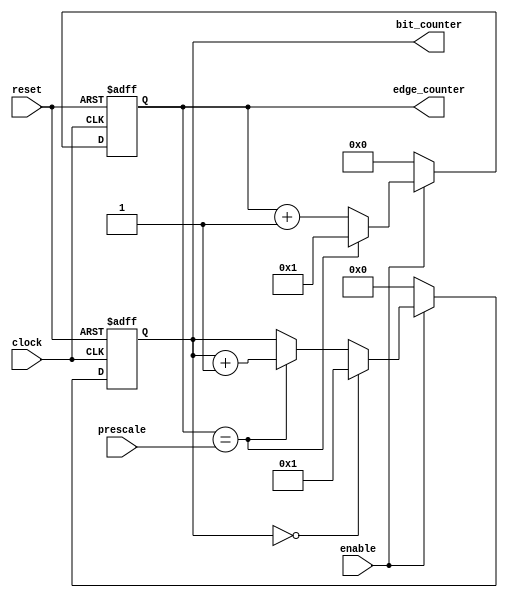
module edge_bit_counter(input wire clock,
                        input wire reset,
                        input wire enable,
                        input wire [5:0] prescale,
                        output reg [5:0] edge_counter,
                        output reg [3:0] bit_counter);
    
    reg [5:0] edge_counter_comb;
    reg [3:0] bit_counter_comb;
    
    // Counters sequential logic
    always@(posedge clock or negedge reset)
    begin
        if (!reset)
        begin
            edge_counter <= 'd0;
            bit_counter  <= 'd0;
        end
        else
        begin
            edge_counter <= edge_counter_comb;
            bit_counter  <= bit_counter_comb;
        end
    end
    
    // Edge counter combinational logic
    always@(*)
    begin
        if (enable)
        begin
            if (edge_counter == prescale)
            begin
                edge_counter_comb = 'd1;
            end
            else
            begin
                edge_counter_comb = edge_counter + 'd1;
            end
        end
        else
        begin
            edge_counter_comb = 'd0;
        end
    end
    
    // Bit counter combinational logic
    always@(*)
    begin
        if (enable)
        begin
            if (bit_counter == 'd0)
            begin
                bit_counter_comb = 'd1;
            end
            else if (edge_counter == prescale)
            begin
                bit_counter_comb = bit_counter + 'd1;
            end
            else
            begin
                bit_counter_comb = bit_counter;
            end
        end
        else
        begin
            bit_counter_comb = 'd0;
        end
    end
    
endmodule